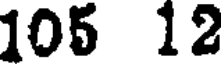
105 12